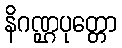
နိဂဏ္ဌပုတ္တော